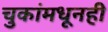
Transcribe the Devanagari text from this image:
चुकांमधूनही